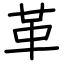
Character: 革